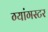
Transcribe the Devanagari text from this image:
ग्यांगस्टर